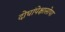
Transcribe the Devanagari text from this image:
दोघांपेक्षासोपा